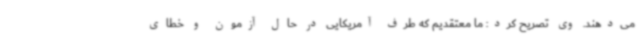
می‌دهند. وی تصریح کرد: ما معتقدیم که طرف آمریکایی در حال آزمون و خطای